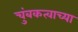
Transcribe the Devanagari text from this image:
चुंबकत्वाच्या